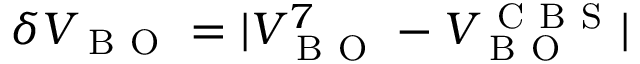
\delta V _ { \mathrm { ~ B ~ O ~ } } = | V _ { \mathrm { ~ B ~ O ~ } } ^ { 7 } - V _ { \mathrm { ~ B ~ O ~ } } ^ { \mathrm { ~ C ~ B ~ S ~ } } |